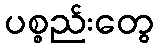
ပစ္စည်းတွေ